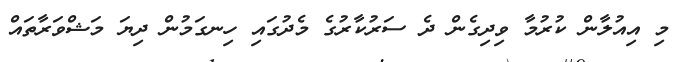
މި އިއުލާން ކުރުމާ ވިދިގެން ދެ ސަރުކާރުގެ މެދުގައި ހިނގަމުން ދިޔަ މަޝްވަރާތައް